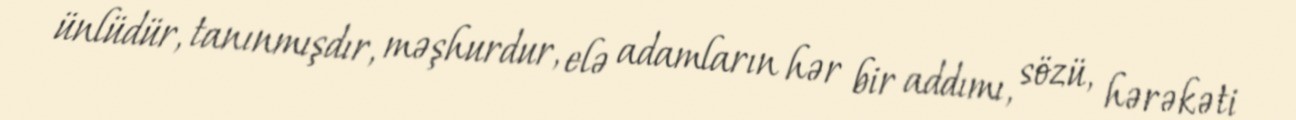
ünlüdür, tanınmışdır, məşhurdur, elə adamların hər bir addımı, sözü, hərəkəti